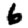
Digit: 6